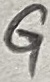
Text: G